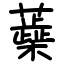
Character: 蘃